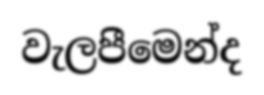
වැලපීමෙන්ද